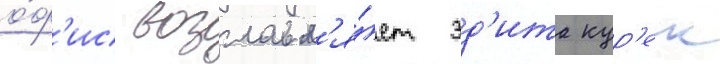
о́ф'ис возглавл'я́ет эд'ита кур'ек